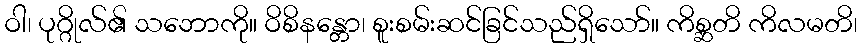
ဝါ၊ ပုဂ္ဂိုလ်၏ သဘောကို။ ဝိစိနန္တော၊ စူးစမ်းဆင်ခြင်သည်ရှိသော်။ ကိစ္ဆတိ ကိလမတိ၊